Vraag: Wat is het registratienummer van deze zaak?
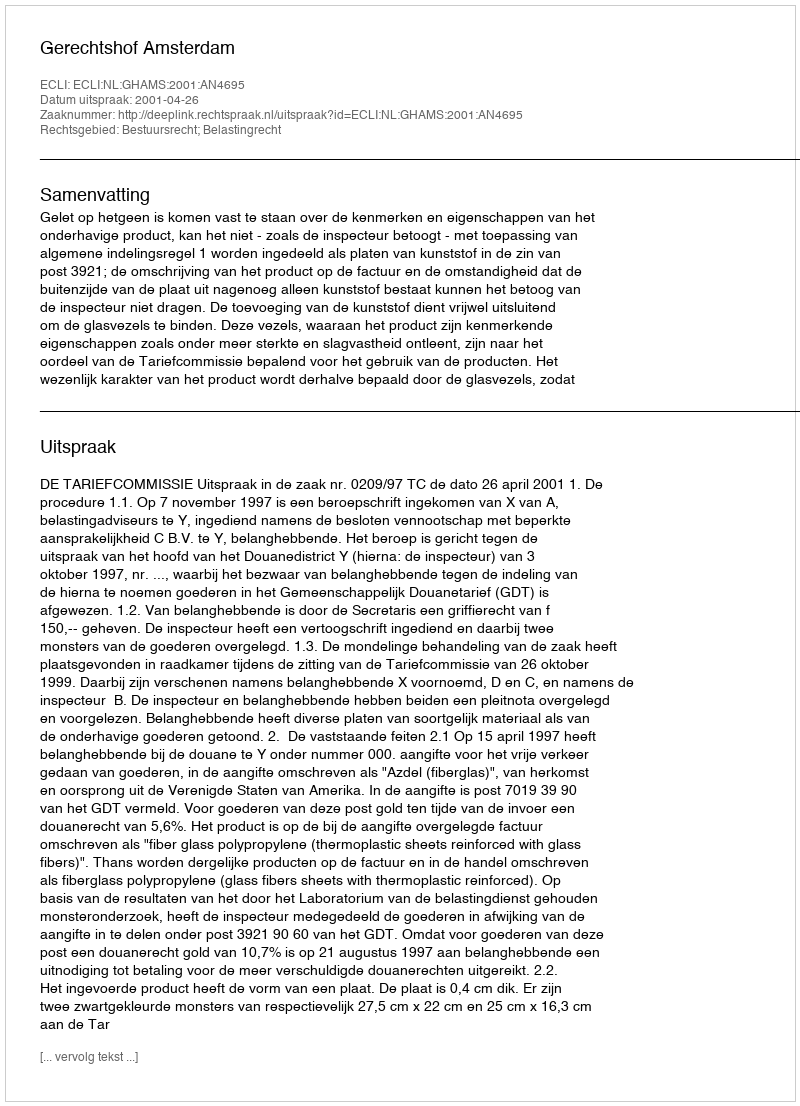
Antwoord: http://deeplink.rechtspraak.nl/uitspraak?id=ECLI:NL:GHAMS:2001:AN4695